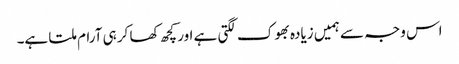
اس وجہ سے ہمیں زیادہ بھوک لگتی ہے اور کچھ کھا کر ہی آرام ملتا ہے۔